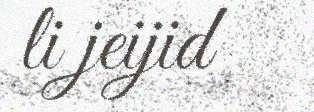
li jeijid